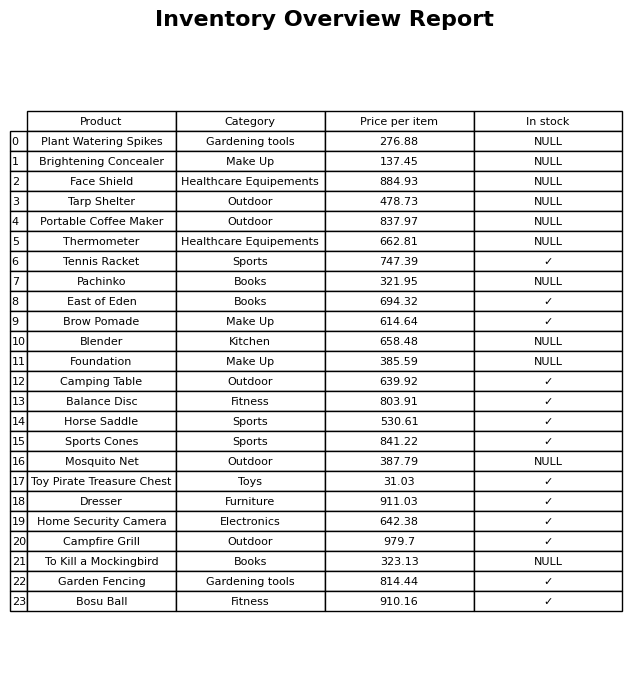
question: What is the price of the Brow Pomade?
answer: The price of Brow Pomade is 614.64.